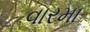
વારમા